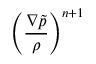
\left( \frac { \nabla \tilde { p } } { \rho } \right) ^ { n + 1 }